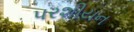
પરશીયન